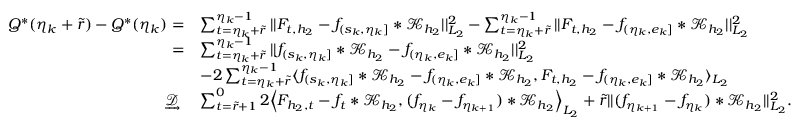
\begin{array} { r l } { Q ^ { * } ( \eta _ { k } + \widetilde { r } ) - Q ^ { * } ( \eta _ { k } ) = } & { \sum _ { t = \eta _ { k } + \widetilde { r } } ^ { \eta _ { k } - 1 } \vert \vert F _ { t , { h _ { 2 } } } - f _ { ( s _ { k } , \eta _ { k } ] } \ast \mathcal { K } _ { { h _ { 2 } } } \vert \vert _ { L _ { 2 } } ^ { 2 } - \sum _ { t = \eta _ { k } + \widetilde { r } } ^ { \eta _ { k } - 1 } \vert \vert F _ { t , { h _ { 2 } } } - f _ { ( \eta _ { k } , e _ { k } ] } \ast \mathcal { K } _ { h _ { 2 } } \vert \vert _ { L _ { 2 } } ^ { 2 } } \\ { = } & { \sum _ { t = \eta _ { k } + \widetilde { r } } ^ { \eta _ { k } - 1 } \vert \vert f _ { ( s _ { k } , \eta _ { k } ] } \ast \mathcal { K } _ { { h _ { 2 } } } - f _ { ( \eta _ { k } , e _ { k } ] } \ast \mathcal { K } _ { h _ { 2 } } \vert \vert _ { L _ { 2 } } ^ { 2 } } \\ & { - 2 \sum _ { t = \eta _ { k } + \widetilde { r } } ^ { \eta _ { k } - 1 } \langle f _ { ( s _ { k } , \eta _ { k } ] } \ast \mathcal { K } _ { { h _ { 2 } } } - f _ { ( \eta _ { k } , e _ { k } ] } \ast \mathcal { K } _ { h _ { 2 } } , F _ { t , { h _ { 2 } } } - f _ { ( \eta _ { k } , e _ { k } ] } \ast \mathcal { K } _ { h _ { 2 } } \rangle _ { L _ { 2 } } } \\ { \ \underrightarrow { \mathcal { D } } \ } & { \sum _ { t = \widetilde { r } + 1 } ^ { 0 } 2 \Big \langle F _ { { h _ { 2 } } , t } - f _ { t } * \mathcal { K } _ { h _ { 2 } } , ( f _ { \eta _ { k } } - f _ { \eta _ { k + 1 } } ) * \mathcal { K } _ { h _ { 2 } } \Big \rangle _ { L _ { 2 } } + \widetilde { r } \vert \vert ( f _ { \eta _ { k + 1 } } - f _ { \eta _ { k } } ) * \mathcal { K } _ { h _ { 2 } } \vert \vert _ { L _ { 2 } } ^ { 2 } . } \end{array}